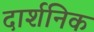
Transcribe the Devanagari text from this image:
दार्शनिक